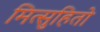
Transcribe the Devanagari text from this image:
मित्सुहितो